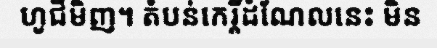
ហូជីមិញ។ តំបន់កេរ្តិ៍ដំណែលនេះ មិន